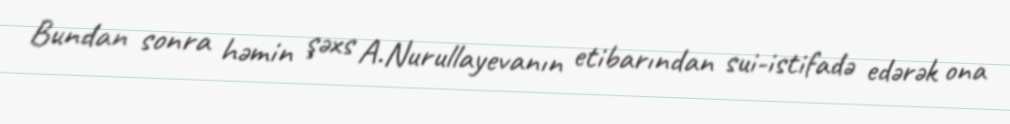
Bundan sonra həmin şəxs A.Nurullayevanın etibarından sui-istifadə edərək ona